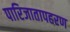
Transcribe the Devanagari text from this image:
पारिजातापहरण